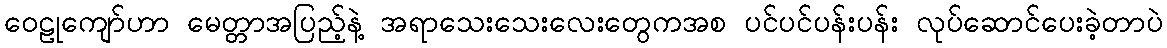
ဝေဠုကျော်ဟာ မေတ္တာအပြည့်နဲ့ အရာသေးသေးလေးတွေကအစ ပင်ပင်ပန်းပန်း လုပ်ဆောင်ပေးခဲ့တာပဲ